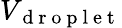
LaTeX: V_{\mathrm{~d~r~o~p~l~e~t~}}